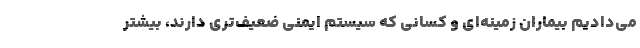
می‌دادیم بیماران زمینه‌ای و کسانی که سیستم ایمنی ضعیف‌تری دارند، بیشتر